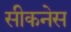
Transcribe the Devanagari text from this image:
सीकनेस